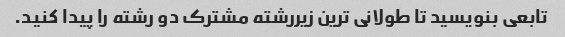
تابعی بنویسید تا طولانی ترین زیررشته مشترک دو رشته را پیدا کنید.